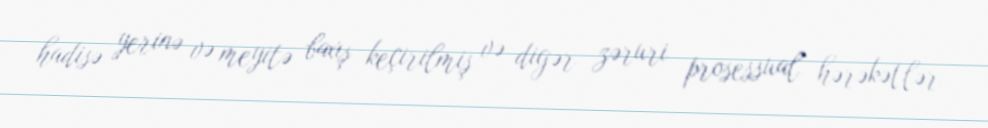
hadisə yerinə və meyitə baxış keçirilmiş və digər zəruri prosessual hərəkətlər